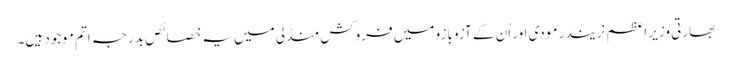
بھارتی وزیر اعظم نریندر مودی اور اُن کے آزو بازو میں فروکش منڈلی میں یہ خصائص بدرجہ اتم موجود ہیں۔